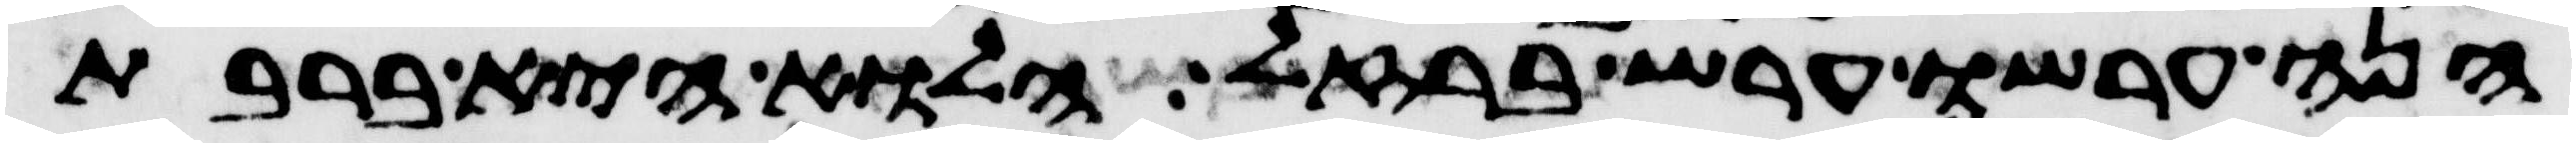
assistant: הנה ערשו ערש ברזל הלוא היא ברבת